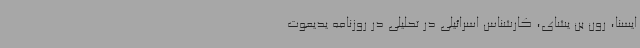
ایسنا، رون بن یشای، کارشناس اسرائیلی در تحلیلی در روزنامه یدیعوت